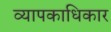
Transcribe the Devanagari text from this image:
व्यापकाधिकार